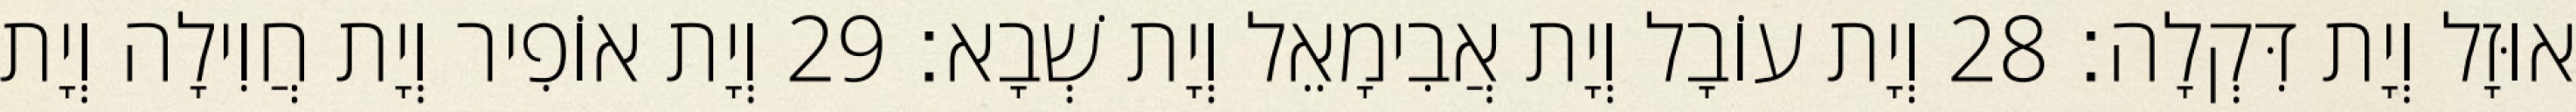
אוּזָל וְיָת דִּקְלָה׃ 28 וְיָת עוֹבָל וְיָת אֲבִימָאֵל וְיָת שְׁבָא׃ 29 וְיָת אוֹפִיר וְיָת חֲוִילָה וְיָת